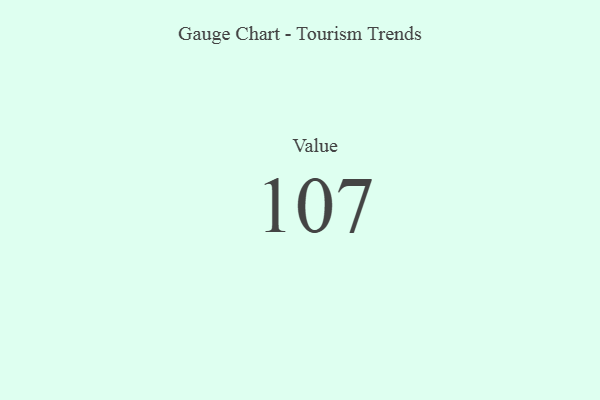
{"axis": {"x": "Metric", "y": "Value"}, "legend": [""], "data": [{"x": "Value", "y": 107, "type": ""}]}